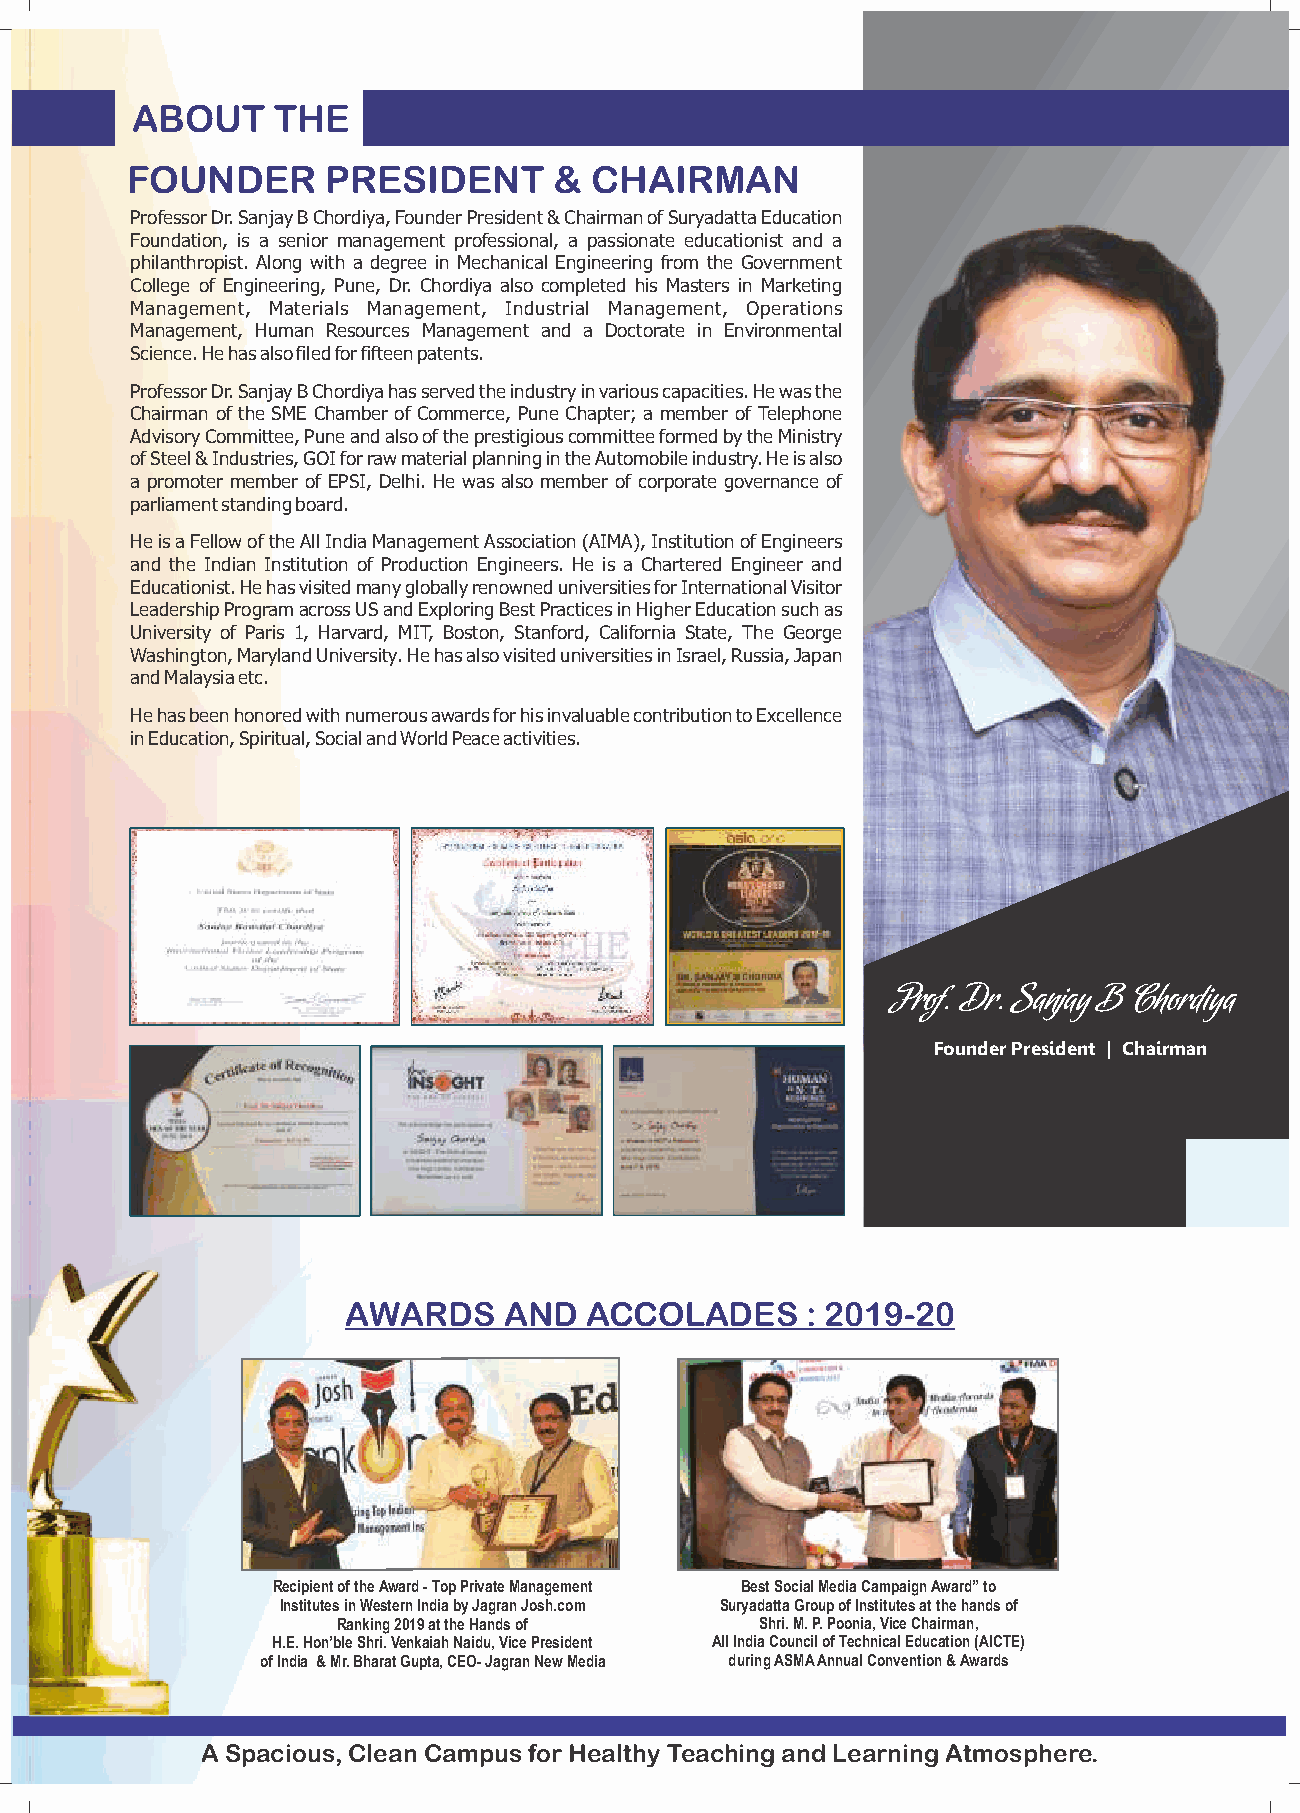
ABOUT    THE
 FOUNDER       PRESIDENT      & CHAIRMAN
 Professor Dr. Sanjay B Chordiya, Founder President & Chairman of Suryadatta Education
 Foundation, is a senior management professional, a passionate educationist and a
 philanthropist. Along with a degree in Mechanical Engineering from the Government
 College of Engineering, Pune, Dr. Chordiya also completed his Masters in Marketing
 Management, Materials Management, Industrial Management, Operations
 Management, Human Resources Management and a Doctorate in Environmental
 Science. He has also filed for fifteen patents.
 Professor Dr. Sanjay B Chordiya has served the industry in various capacities. He was the
 Chairman of the SME Chamber of Commerce, Pune Chapter; a member of Telephone
 Advisory Committee, Pune and also of the prestigious committee formed by the Ministry
 of Steel & Industries, GOI for raw material planning in the Automobile industry. He is also
 a promoter member of EPSI, Delhi. He was also member of corporate governance of
 parliament standing board.
 He is a Fellow of the All India Management Association (AIMA), Institution of Engineers
 and the Indian Institution of Production Engineers. He is a Chartered Engineer and
 Educationist. He has visited many globally renowned universities for International Visitor
 Leadership Program across US and Exploring Best Practices in Higher Education such as
 University of Paris 1, Harvard, MIT, Boston, Stanford, California State, The George
 Washington, Maryland University. He has also visited universities in Israel, Russia, Japan
 and Malaysia etc.
 He has been honored with numerous awards for his invaluable contribution to Excellence
 in Education, Spiritual, Social and World Peace activities.
 Prof. Dr. Sanjay B Chordiya
 Founder President | Chairman
 AWARDS    AND   ACCOLADES     : 2019-20
 Recipient of the Award - Top Private Management Best Social Media Campaign Award” to
 Institutes in Western India by Jagran Josh.com Suryadatta Group of Institutes at the hands of
 Ranking 2019 at the Hands of Shri. M. P. Poonia, Vice Chairman,
 H.E. Hon’ble Shri. Venkaiah Naidu, Vice President All India Council of Technical Education (AICTE)
 of India & Mr. Bharat Gupta, CEO- Jagran New Media during ASMA Annual Convention & Awards
 A Spacious, Clean Campus for Healthy Teaching and Learning Atmosphere.